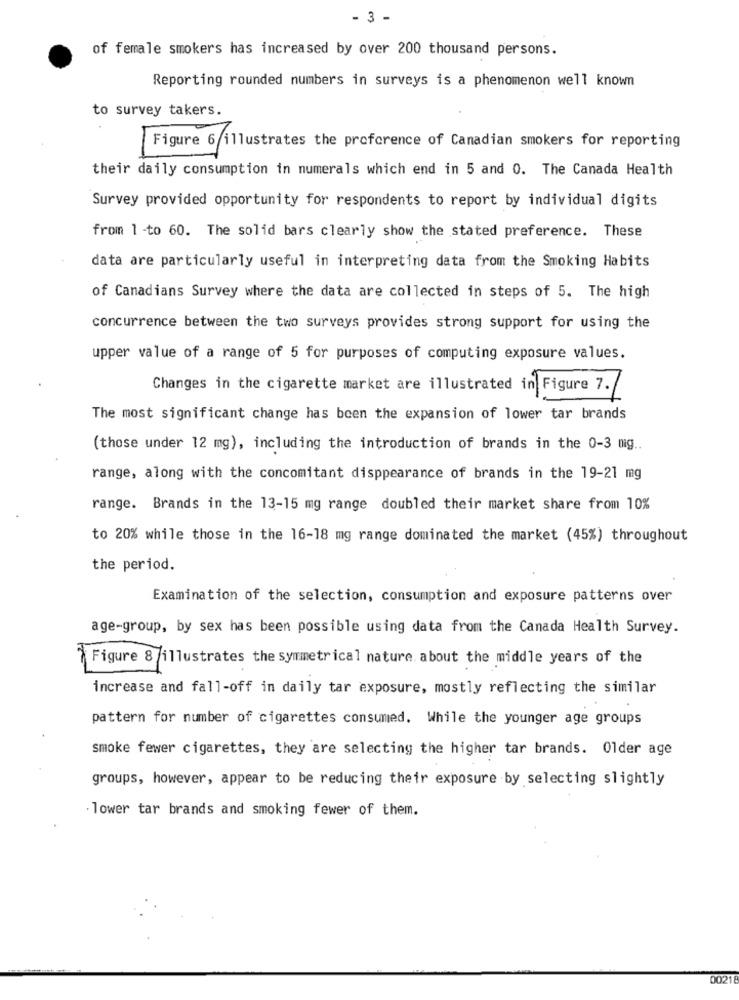
- 3 -
of female smokers has increased by over 200 thousand persons.
Reporting rounded numbers in surveys is a phenomenon well known
to survey takers.
Figure 6 illustrates the profcrence of Canadian smokers for reporting
their daily consumption in numerals which end in 5 and 0. The Canada Health
Survey provided opportunity for respondents to report by individual digits
from 1 -to 60. The solid bars clearly show the stated preference. These
data are particularly useful in interpreting data from the Smoking Habits
of Canadians Survey where the data are collected in steps of 5. The high
concurrence between the two surveys provides strong support for using the
upper value of a range of 5 for purposes of computing exposure values.
Changes in the cigarette market are illustrated in Figure 7.
The most significant change has been the expansion of lower tar brands
(those under 12 mg), including the introduction of brands in the 0-3 mig ..
range, along with the concomitant disppearance of brands in the 19-21 mg
range. Brands in the 13-15 mg range doubled their market share from 10%
to 20% while those in the 16-18 mg range dominated the market (45%) throughout
the period.
Examination of the selection, consumption and exposure patterns over
age-group, by sex has been possible using data from the Canada Health Survey.
Figure 8 /illustrates the symmetrical nature about the middle years of the
increase and fall-off in daily tar exposure, mostly reflecting the similar
pattern for number of cigarettes consumed. While the younger age groups
smoke fewer cigarettes, they are selecting the higher tar brands. Older age
groups, however, appear to be reducing their exposure by selecting slightly
lower tar brands and smoking fewer of them.
0021